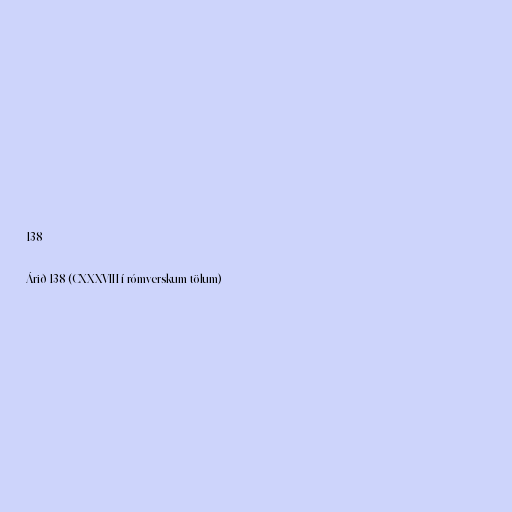
138

Árið 138 (CXXXVIII í rómverskum tölum)